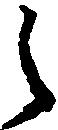
之